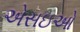
એસઇઓ